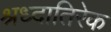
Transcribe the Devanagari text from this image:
श्रध्दातिरेक